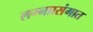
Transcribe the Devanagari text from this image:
लग्नप्रसंगात